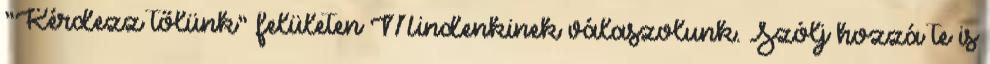
“Kérdezz tőlünk” felületen Mindenkinek válaszolunk. Szólj hozzá te is